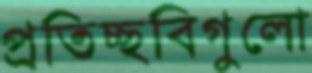
প্রতিচ্ছবিগুলো